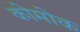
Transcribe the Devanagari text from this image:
कोमोक